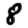
Digit: 8